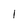
Character: l